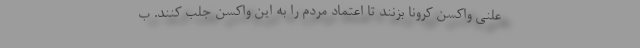
علنی واکسن کرونا بزنند تا اعتماد مردم را به این واکسن جلب کنند. ب